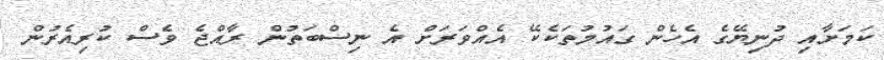
ކަމަށާއި ދުނިޔޭގެ އެހެން ގައުމުތަކެކޭ އެއްވަރަށް އެ ނިސްބަތުން ރާއްޖެ ވެސް ކުރިއެރުން